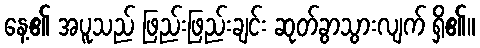
နေ့၏ အပူသည် ဖြည်းဖြည်းချင်း ဆုတ်ခွာသွားလျက် ရှိ၏။